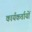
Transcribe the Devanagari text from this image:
कार्यकर्तायों